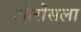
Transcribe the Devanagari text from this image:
ओरोसला